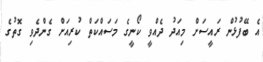
އެ ބޭފުޅުން ރައީސަށް މިއަދު ދެއްވީ ކޯނީގެ މަސައްކަތް ކުރިއަށް ގެންދެވި ގޮތުގެ